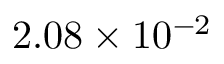
2 . 0 8 \times 1 0 ^ { - 2 }